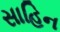
સાહિન